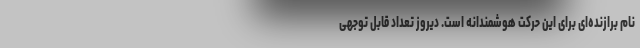
نام برازنده‌ای برای این حرکت هوشمندانه است. دیروز تعداد قابل توجهی